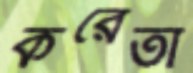
করেতাঁ